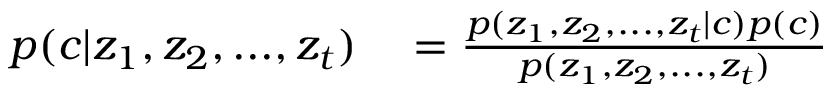
\begin{array} { r l } { p ( c | z _ { 1 } , z _ { 2 } , . . . , z _ { t } ) } & { { } = \frac { p ( z _ { 1 } , z _ { 2 } , . . . , z _ { t } | c ) p ( c ) } { p ( z _ { 1 } , z _ { 2 } , . . . , z _ { t } ) } } \end{array}